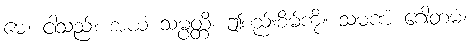
မေ၊ ငါသည်။ အယံ သမ္ပတ္တိ၊ ဤစည်းစိမ်ကို။ သမဏံ ဂေါတမံ၊